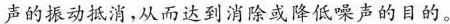
声的振动抵消，从而达到消除或降低噪声的目的。